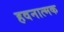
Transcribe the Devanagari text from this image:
हवनात्मक